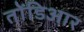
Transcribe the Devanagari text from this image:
तोंडिआर